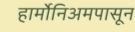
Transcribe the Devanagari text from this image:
हार्मोनिअमपासून